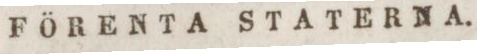
FÖRENTA STATERNA.